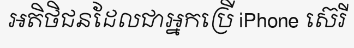
អតិថិជនដែលជាអ្នកប្រើ iPhone ស៊េរី